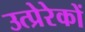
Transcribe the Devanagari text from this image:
उत्प्रेरेकों